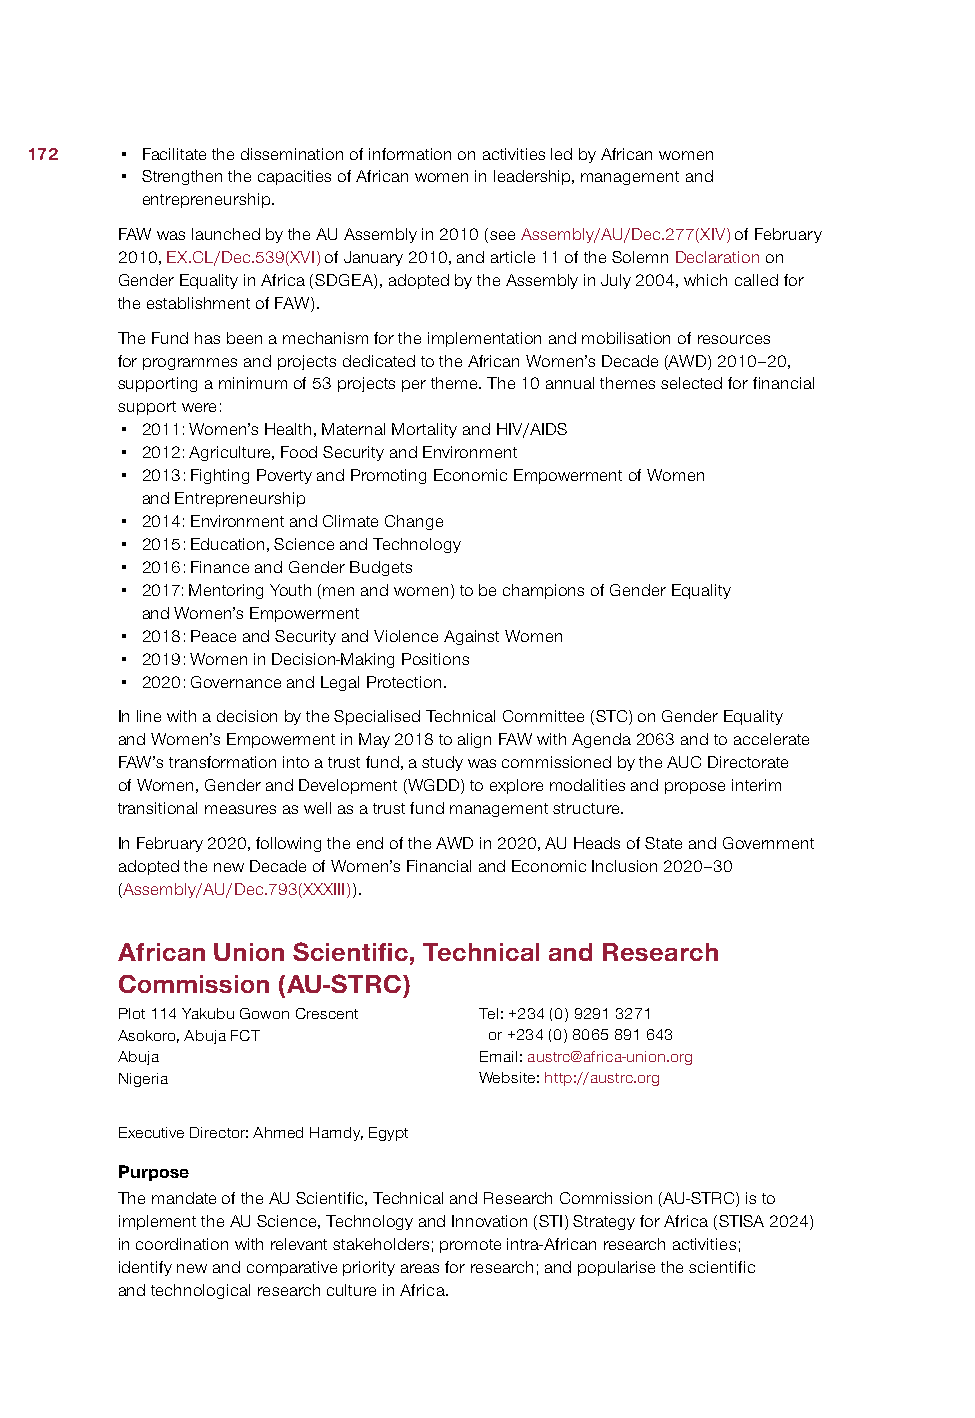
172   • Facilitate the dissemination of information on activities led by African women
 • Strengthen the capacities of African women in leadership, management and
 entrepreneurship.
 FAW was launched by the AU Assembly in 2010 (see Assembly/AU/Dec.277(XIV) of February
 2010, EX.CL/Dec.539(XVI) of January 2010, and article 11 of the Solemn Declaration on
 Gender Equality in Africa (SDGEA), adopted by the Assembly in July 2004, which called for
 the establishment of FAW).
 The Fund has been a mechanism for the implementation and mobilisation of resources
 for programmes and projects dedicated to the African Women’s Decade (AWD) 2010–20,
 supporting a minimum of 53 projects per theme. The 10 annual themes selected for financial
 support were:
 • 2011: Women’s Health, Maternal Mortality and HIV/AIDS
 • 2012: Agriculture, Food Security and Environment
 • 2013: Fighting Poverty and Promoting Economic Empowerment of Women
 and Entrepreneurship
 • 2014: Environment and Climate Change
 • 2015: Education, Science and Technology
 • 2016: Finance and Gender Budgets
 • 2017: Mentoring Youth (men and women) to be champions of Gender Equality
 and Women’s Empowerment
 • 2018: Peace and Security and Violence Against Women
 • 2019: Women in Decision-Making Positions
 • 2020: Governance and Legal Protection.
 In line with a decision by the Specialised Technical Committee (STC) on Gender Equality
 and Women’s Empowerment in May 2018 to align FAW with Agenda 2063 and to accelerate
 FAW’s transformation into a trust fund, a study was commissioned by the AUC Directorate
 of Women, Gender and Development (WGDD) to explore modalities and propose interim
 transitional measures as well as a trust fund management structure.
 In February 2020, following the end of the AWD in 2020, AU Heads of State and Government
 adopted the new Decade of Women’s Financial and Economic Inclusion 2020–30
 (Assembly/AU/Dec.793(XXXIII)).
 African Union Scientific, Technical and Research
 Commission (AU-STRC)
 Plot 114 Yakubu Gowon Crescent Tel: +234 (0) 9291 3271
 Asokoro, Abuja FCT      or +234 (0) 8065 891 643
 Abuja                   Email: austrc@africa-union.org
 Nigeria                 Website: http://austrc.org
 Executive Director: Ahmed Hamdy, Egypt
 Purpose
 The mandate of the AU Scientific, Technical and Research Commission (AU-STRC) is to
 implement the AU Science, Technology and Innovation (STI) Strategy for Africa (STISA 2024)
 in coordination with relevant stakeholders; promote intra-African research activities;
 identify new and comparative priority areas for research; and popularise the scientific
 and technological research culture in Africa.